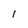
Character: I